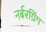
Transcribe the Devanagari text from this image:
नर्बरग्रिंग